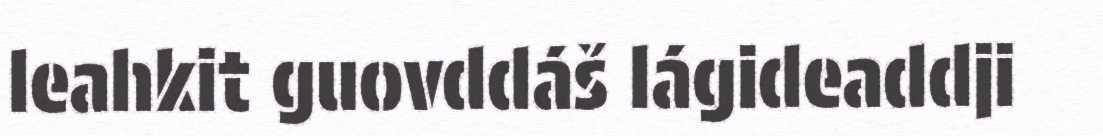
leahkit guovddáš lágideaddji